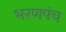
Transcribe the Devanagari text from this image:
भरणपंच